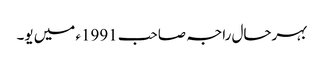
بہرحال راجہ صاحب 1991ء میں یو۔